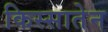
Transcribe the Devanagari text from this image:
किस्सातेन